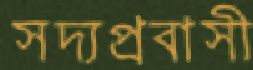
সদ্যপ্রবাসী